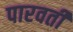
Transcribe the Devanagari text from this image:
पारवर्ती